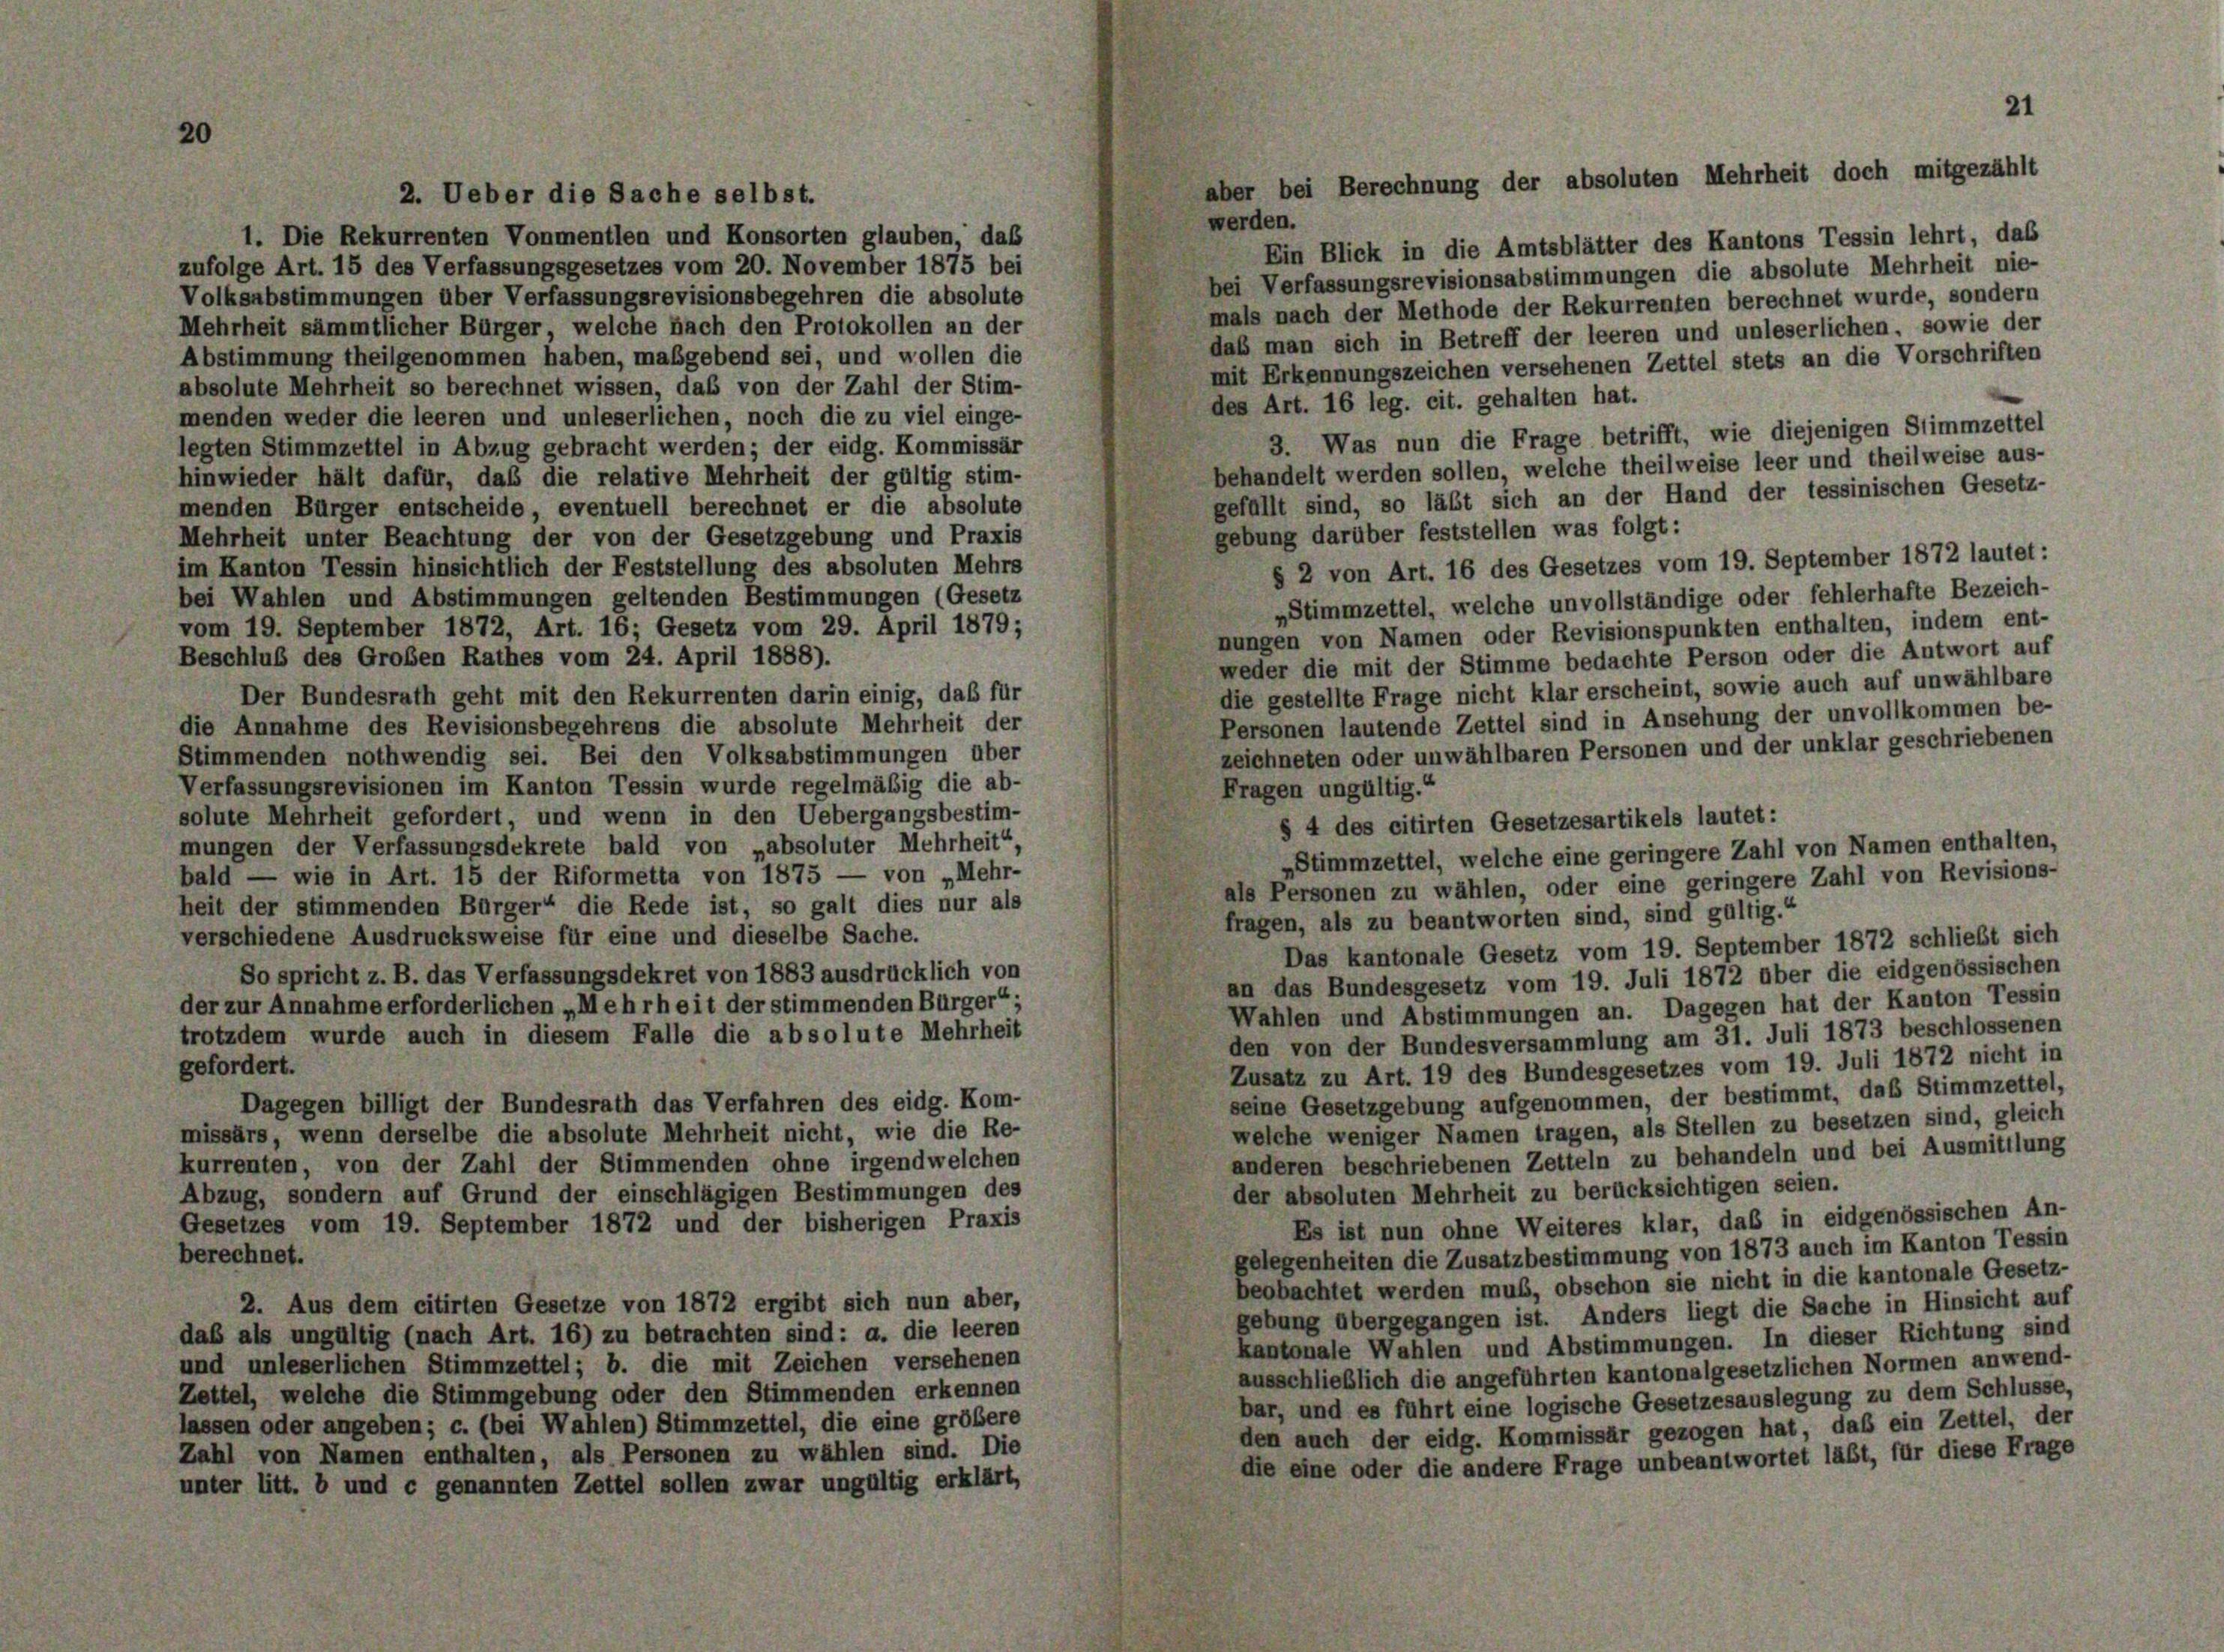
20

werden.
1. Die Rekurrenten Vonmentlen und Konsorten glauben, daß
Ein Blick in die Amtsblätter des Kantons Tessin lehrt, das
zufolge Art. 15 des Verfassungsgesetzes vom 20. November 1875 bei
bei Verfassungsrevisionsabstimmungen die absolute Mehrheit nie-
Volksabstimmungen über Verfassungsrevisionsbegehren die absolute
mals nach der Methode der Rekurrenten berechnet wurde, sondern
Mehrheit sämmtlicher Bürger, welche fach den Protokollen an der
daß man sich in Betreff der leeren und unleserlichen, sowie der
Abstimmung theilgenommen haben, maßgebend sei, und wollen die
mit Erkennungszeichen versehenen Zettel stets an die Vorschriften
absolute Mehrheit so berechnet wissen, das von der Zahl der Stim-
des Art. 16 leg. cit. gehalten hat.
menden weder die leeren und unleserlichen, noch die zu viel einge-
3. Was nun die Frage betrifft, wie diejenigen Stimmzettel
legten Stimmzettel in Abzug gebracht werden; der eidg. Kommissär
behandelt werden sollen, welche theilweise leer und theilweise aus-
hinwieder hält dafür, daß die relative Mehrheit der gültig stim-
gefüllt sind, so läßt sich an der Hand der tessinischen Gesetz-
menden Bürger entscheide, eventuell berechnet er die absolute
gebung darüber feststellen was folgt:
Mehrheit unter Beachtung der von der Gesetzgebung und Praxis
§ 2 von Art. 16 des Gesetzes vom 19. September 1872 lautet:
im Kanton Tessin hinsichtlich der Feststellung des absoluten Mehrs
bei Wahlen und Abstimmungen geltenden Bestimmungen (Gesetz
„Stimmzettel, welche unvollständige oder fehlerhafte Bezeich-
vom 19. September 1872, Art. 16; Gesetz vom 29. April 1879;
nungen von Namen oder Revisionspunkten enthalten, indem ent-
Beschluß des Großen Rathes vom 24. April 1888).
weder die mit der Stimme bedachte Person oder die Antwort auf
die gestellte Frage nicht klar erscheint, sowie auch auf unwählbare
Der Bundesrath geht mit den Rekurrenten darin einig, daß für
Personen lautende Zettel sind in Ansehung der unvollkommen be-
die Annahme des Revisionsbegehrens die absolute Mehrheit der
zeichneten oder unwählbaren Personen und der unklar geschriebenen
Stimmenden nothwendig sei. Bei den Volksabstimmungen über
Verfassungsrevisionen im Kanton Tessin wurde regelmäßig die ab-
Fragen ungültig.“
solute Mehrheit gefordert, und wenn in den Uebergangsbestim-
§ 4 des citirten Gesetzesartikels lautet:
mungen der Verfassungsdekrete bald von „absoluter Mehrheit“,
Stimmzettel, welche eine geringere Zahl von Namen enthalten,
bald — wie in Art. 15 der Riformetta von 1875 — von „Mehr-
als Personen zu wählen, oder eine geringere Zahl von Revisions-
heit der stimmenden Bürger“ die Rede ist, so galt dies nur als
fragen, als zu beantworten sind, sind gültig.“
verschiedene Ausdrucksweise für eine und dieselbe Sache.
Das kantonale Gesetz vom 19. September 1872 schließt sich
So spricht z. B. das Verfassungsdekret von 1883 ausdrücklich von
an das Bundesgesetz vom 19. Juli 1872 über die eidgenössischen
der zur Annahme erforderlichen „Mehrheit der stimmenden Bürger“;
Wahlen und Abstimmungen an. Dagegen hat der Kanton Tessin
trotzdem wurde auch in diesem Falle die absolute Mehrheit
den von der Bundesversammlung am 31. Juli 1873 beschlossenen
gefordert.
Zusatz zu Art. 19 des Bundesgesetzes vom 19. Juli 1872 nicht in
seine Gesetzgebung aufgenommen, der bestimmt, das Stimmzettel,
Dagegen billigt der Bundesrath das Verfahren des eidg. Kom-
welche weniger Namen tragen, als Stellen zu besetzen sind, gleich
missärs, wenn derselbe die absolute Mehrheit nicht, wie die Re-
anderen beschriebenen Zetteln zu behandeln und bei Ausmittlung
kurrenten, von der Zahl der Stimmenden ohne irgendwelchen
der absoluten Mehrheit zu berücksichtigen seien.
Abzug, sondern auf Grund der einschlägigen Bestimmungen des
Es ist nun ohne Weiteres klar, daß in eidgenössischen An-
Gesetzes vom 19. September 1872 und der bisherigen Praxis
gelegenheiten die Zusatzbestimmung von 1873 auch im Kanton Tessin
berechnet.
beobachtet werden muß, obschon sie nicht in die kantonale Gesetz-
2. Aus dem citirten Gesetze von 1872 ergibt sich nun aber,
gebung übergegangen ist. Anders liegt die Sache in Hinsicht auf
daß als ungültig (nach Art. 16) zu betrachten sind: a. die leeren
kantonale Wahlen und Abstimmungen. In dieser Richtung sind
und unleserlichen Stimmzettel; b. die mit Zeichen versehenen
ausschließlich die angeführten kantonalgesetzlichen Normen anwend-
Zettel, welche die Stimmgebung oder den Stimmenden erkennen
bar, und es führt eine logische Gesetzesauslegung zu dem Schlüsse,
lassen oder angeben; c. (bei Wahlen) Stimmzettel, die eine größere
den auch der eidg. Kommissär gezogen hat, daß ein Zettel, der
Zahl von Namen enthalten, als Personen zu wählen sind. Die
die eine oder die andere Frage unbeantwortet läßt, für diese Frage
unter litt. b und c genannten Zettel sollen zwar ungültig erklärt,

2. Ueber die Sache selbst.

21
aber bei Berechnung der absoluten Mehrheit doch mitgezählt